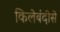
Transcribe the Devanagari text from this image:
किलेबंदीसे